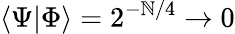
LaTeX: \langle\Psi\vert\Phi\rangle=2^{-\mathbb{N}/4}\rightarrow0